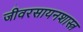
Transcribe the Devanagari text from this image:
जीवरसायनशास्त्र